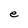
Character: e